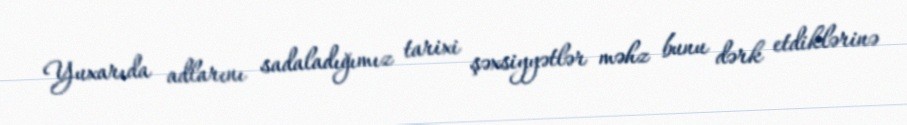
Yuxarıda adlarını sadaladığımız tarixi şəxsiyyətlər məhz bunu dərk etdiklərinə